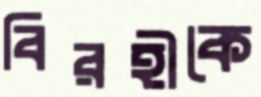
বিরহীকে